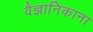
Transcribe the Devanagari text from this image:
वैज्ञानिकाना